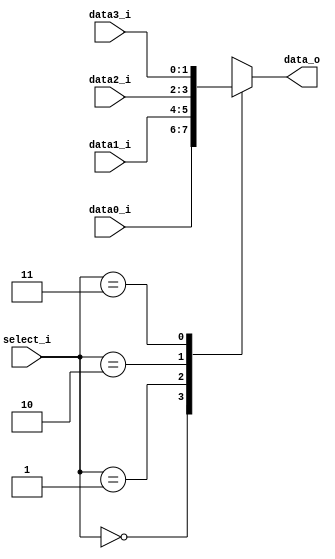
//0516016   0516225 
//Subject:     CO project 3 - MUX 321
//--------------------------------------------------------------------------------
//Version:     1
//--------------------------------------------------------------------------------
//Writer: 0516016   0516225      
//----------------------------------------------
//Date:        
//----------------------------------------------
//Description: for data memory
//--------------------------------------------------------------------------------
     
module MUX_4to1(
               data0_i,
               data1_i,
               data2_i,
               data3_i,
               select_i,
               data_o
               );

parameter size = 0;			   
			
//I/O ports               
input   [size-1:0] data0_i;          
input   [size-1:0] data1_i;
input   [size-1:0] data2_i;
input   [size-1:0] data3_i;
input   [2 - 1: 0] select_i;
output  [size-1:0] data_o; 

//Internal Signals
reg     [size-1:0] data_o;

//Main function
always @( * ) begin
	case(select_i)
		0: data_o <= data0_i;
		1: data_o <= data1_i;
		2: data_o <= data2_i;
		3: data_o <= data3_i;
		default: data_o <= 0;
	endcase
end

endmodule